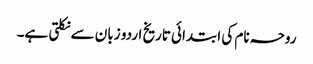
روحہ نام کی ابتدائی تاریخ اردو زبان سے نکلتی ہے۔